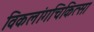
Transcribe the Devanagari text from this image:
विकलांगचिकित्सा